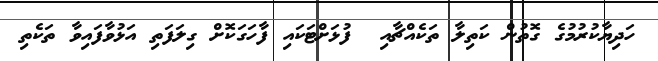
ހަދިޔާކުރުމުގެ ގޮތުން ކަތިލާ ތަކެއްޗާއި  ފުޅަށްޓަކައި ފާހަގަކޮށް ގިލަފަތި އަޅުވާފައިވާ ތަކެތި